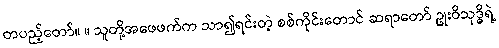
တပည့်တော်။ ။ သူတို့အဖေဖက်က သာ၍ရင်းတဲ့ စစ်ကိုင်းတောင် ဆရာတော် ဥုးဝိသုဒ္ဓိရဲ့